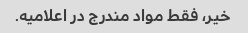
خیر، فقط مواد مندرج در اعلامیه.